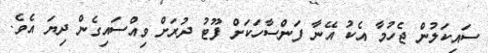
ސައިކަލުން ޖެހުމާ އެކު އޭނާ ފަންސާހަކަށް ފޫޓު ދުރަށް ވިއްސައިގެން ދިޔަ އެވެ.